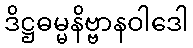
ဒိဋ္ဌဓမ္မနိဗ္ဗာနဝါဒေါ